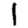
Digit: 1